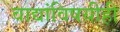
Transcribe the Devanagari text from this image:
वाद्यांविषयीही